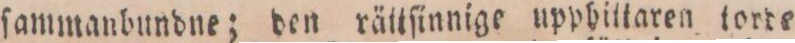
ſammanbundne; den rättſinnige upphittaren torde